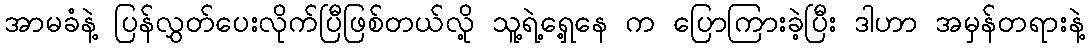
အာမခံနဲ့ ပြန်လွှတ်ပေးလိုက်ပြီဖြစ်တယ်လို့ သူ့ရဲ့ရှေ့နေ က ပြောကြားခဲ့ပြီး ဒါဟာ အမှန်တရားနဲ့